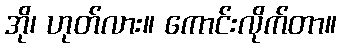
အို၊ ဟုတ်လား။ ကောင်းလိုက်တာ။